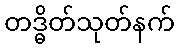
တဒ္ဓိတ်သုတ်နက်